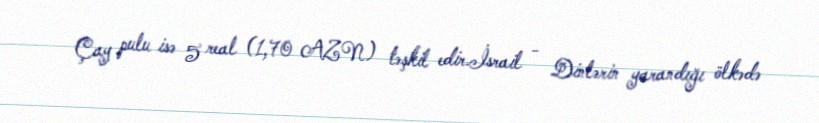
Çay pulu isə 5 real (1,70 AZN) təşkil edir.İsrail - Dinlərin yarandığı ölkədə